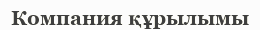
Компания құрылымы